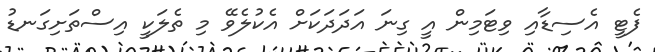
ފެޓީ އެސިޑާއި ވިޓަމިން އީ ގިނަ އަދަދަކަށް އެކުލެވޭ މި ތެލަކީ އިސްތަށިގަނޑު